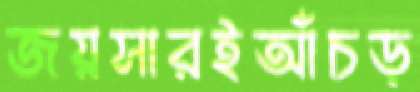
জয়সারইআঁচড়